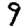
Digit: 9